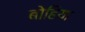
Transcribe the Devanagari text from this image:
बोहिया